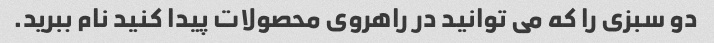
دو سبزی را که می توانید در راهروی محصولات پیدا کنید نام ببرید.